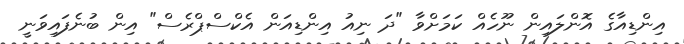
އިންޑިއާގެ އޮންލައިން ނޫހެއް ކަމަށްވާ "ދަ ނިއު އިންޑިއަން އެކްސްޕްރެސް" އިން ބުނެފައިވަނީ